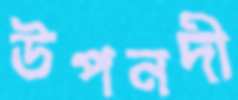
উপনদী